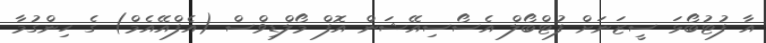
އާ ފުޓުބޯޅަ ސީޒަނަށް ފުޓްބޯލް އެސޯސިއޭޝަން އޮފް މޯލްޑިވްސް (އެފްއޭއެމް) ގެ ހިންގުމާ